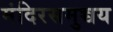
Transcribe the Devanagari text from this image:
मंदिरसमुच्चय